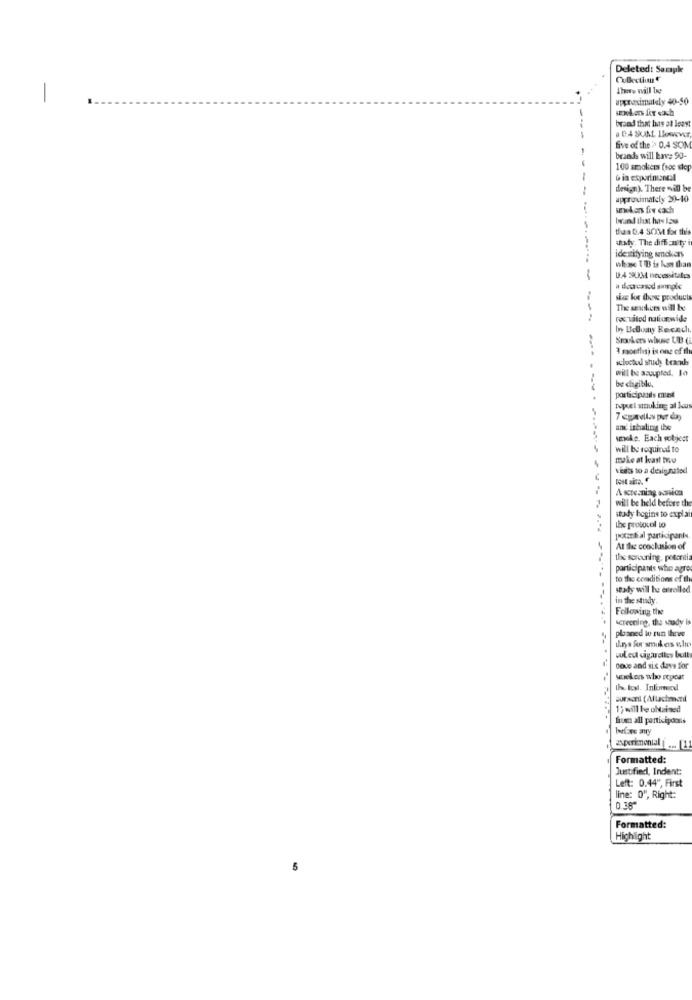
Deleted: Sampk
Collection
There will Ing
-
uppeaximately 40-50
brand that has at least
. D.4 SUM. llowewr
-
five of the '> 0.4 SOM
brands will have 90-
100 smokers froc steg
design). There will be
approximately 30-10
smokers few cach
than 0.4 SOM for this
saty. The diffi anty i
identifying smokers
whowe 1 Bis less than
-
D.4 9UM necesitales
sto for these products
----
recruited nationwide
by Bellumy Recech.
Srockers wine UB (
3 months) is one of fl
wclochod study brands
will be acuupted. la
bet chigiblu,
porticipaids mied
Mel smuking al bous
and inhaling the
uneke. Each sobject
will be required to
make at least two
vents to a designated
Astemning assica
will be held before the
stay begins to expla
the protocol to
potential participants
At the conclusion of
the sercuning, potentia
participants who agre
to the conditions of the
staly will he enrolled
in the study
Following the
screening, the shady is
planed to run ihrwe
Duled diguelles bull
Dove and six days for
seekers who repeat
the tost. Informed
1) will be obtained
fiuen all participoons
Experimental ... [1
Formatted:
Justified, Indent:
Left: 0.44", First
line: 0", Right:
0.38"
Formatted:
Highlight